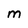
Character: M